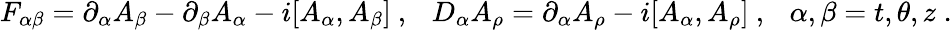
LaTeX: F_{\alpha\beta}=\partial_{\alpha}A_{\beta}-\partial_{\beta}A_{\alpha}-i[A_{\alpha},A_{\beta}]~,~~~D_{\alpha}A_{\rho}=\partial_{\alpha}A_{\rho}-i[A_{\alpha},A_{\rho}]~,~~~\alpha,\beta=t,\theta,z\; .